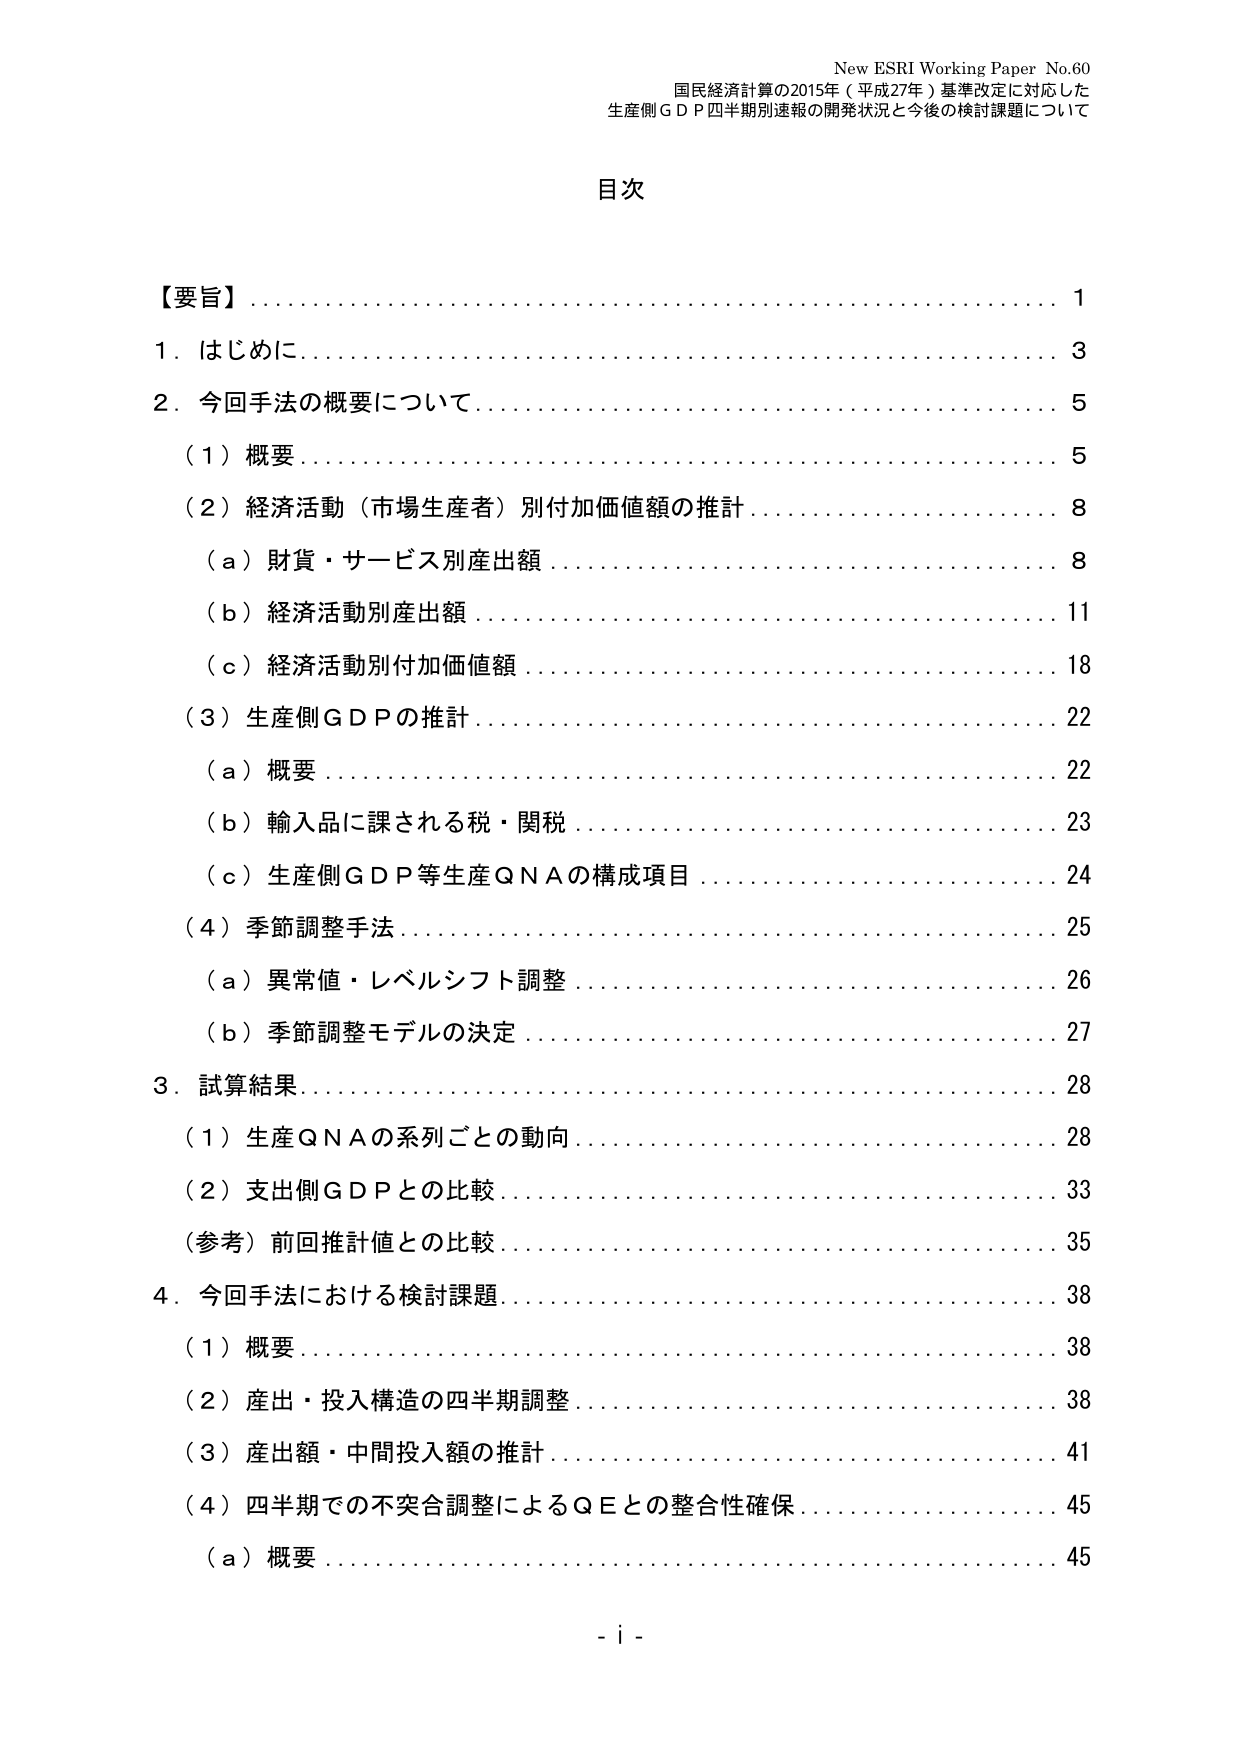
New ESRI Working Paper No.60
国民経済計算の2015年（平成27年）基準改定に対応した
生産側ＧＤＰ四半期別速報の開発状況と今後の検討課題について

目次

【要旨】……………………………………………………………………… 1
1．はじめに………………………………………………………………… 3
2．今回手法の概要について……………………………………………… 5
　（1）概要………………………………………………………………… 5
　（2）経済活動（市場生産者）別付加価値額の推計………………… 8
　　（ａ）財貨・サービス別産出額……………………………………… 8
　　（ｂ）経済活動別産出額…………………………………………… 11
　　（ｃ）経済活動別付加価値額……………………………………… 18
　（3）生産側ＧＤＰの推計……………………………………………… 22
　　（ａ）概要…………………………………………………………… 22
　　（ｂ）輸入品に課される税・関税…………………………………… 23
　　（ｃ）生産側ＧＤＰ等生産ＱＮＡの構成項目……………………… 24
　（4）季節調整手法……………………………………………………… 25
　　（ａ）異常値・レベルシフト調整…………………………………… 26
　　（ｂ）季節調整モデルの決定……………………………………… 27
3．試算結果……………………………………………………………… 28
　（1）生産ＱＮＡの系列ごとの動向…………………………………… 28
　（2）支出側ＧＤＰとの比較………………………………………… 33
　（参考）前回推計値との比較………………………………………… 35
4．今回手法における検討課題………………………………………… 38
　（1）概要……………………………………………………………… 38
　（2）産出・投入構造の四半期調整…………………………………… 38
　（3）産出額・中間投入額の推計……………………………………… 41
　（4）四半期での不突合調整によるＱＥとの整合性確保……………… 45
　　（ａ）概要…………………………………………………………… 45

- i -